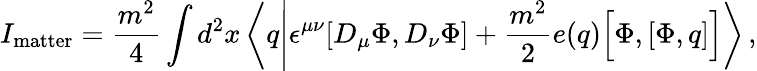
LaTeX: I_{\mathrm{matter}}=\frac{m^{2}}{4}\int d^{2}x\left\langle q\Biggl|\epsilon^{\mu\nu}[D_{\mu}\Phi,D_{\nu}\Phi]+\frac{m^{2}}{2}e(q)\Bigl[\Phi,[\Phi,q]\Bigr]\right\rangle\, ,